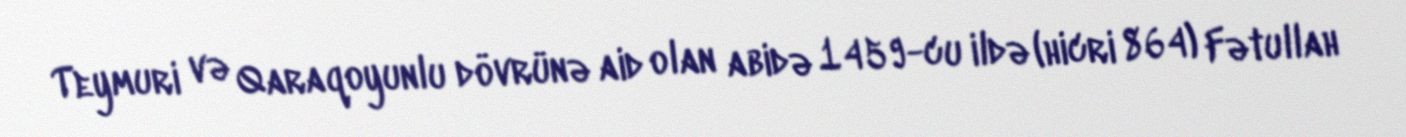
Teymuri və Qaraqoyunlu dövrünə aid olan abidə 1459-cu ildə (hicri 864) Fətullah